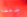
ضغطه